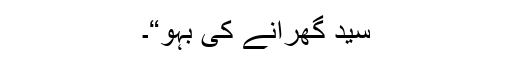
سید گھرانے کی بہو“۔